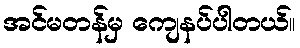
အင်မတန်မှ ကျေနပ်ပါတယ်။